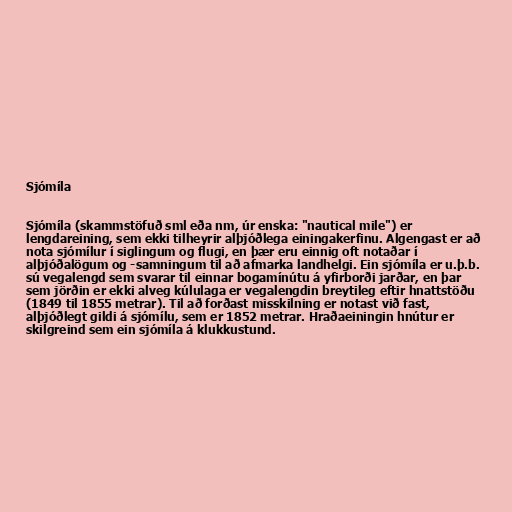
Sjómíla

Sjómíla (skammstöfuð sml eða nm, úr enska: "nautical mile") er
lengdareining, sem ekki tilheyrir alþjóðlega einingakerfinu. Algengast er að
nota sjómílur í siglingum og flugi, en þær eru einnig oft notaðar í
alþjóðalögum og -samningum til að afmarka landhelgi. Ein sjómíla er u.þ.b.
sú vegalengd sem svarar til einnar bogamínútu á yfirborði jarðar, en þar
sem jörðin er ekki alveg kúlulaga er vegalengdin breytileg eftir hnattstöðu
(1849 til 1855 metrar). Til að forðast misskilning er notast við fast,
alþjóðlegt gildi á sjómílu, sem er 1852 metrar. Hraðaeiningin hnútur er
skilgreind sem ein sjómíla á klukkustund.